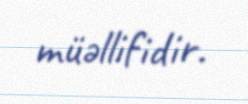
müəllifidir.